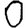
Digit: 0